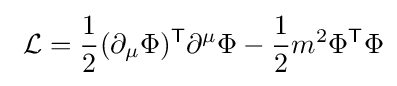
\ {\mathcal {L}}={\frac {1}{2}}(\partial _{\mu }\Phi )^{\mathsf {T}}\partial ^{\mu }\Phi -{\frac {1}{2}}m^{2}\Phi ^{\mathsf {T}}\Phi